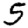
Digit: 5